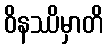
ဝိနဿိမှာတိ